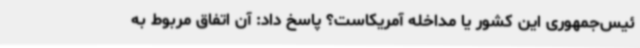
ئیس‌جمهوری این کشور یا مداخله آمریکاست؟ پاسخ داد: آن اتفاق مربوط به